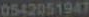
0542051947